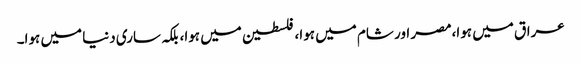
عراق میں ہوا،مصر اور شام میں ہوا، فلسطین میں ہوا، بلکہ ساری دنیا میں ہوا۔